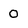
Character: 0